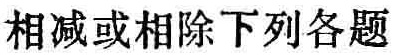
相减或相除下列各题